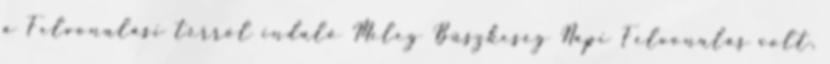
a Felvonulási térről induló Meleg Büszkeség Napi Felvonulás volt,